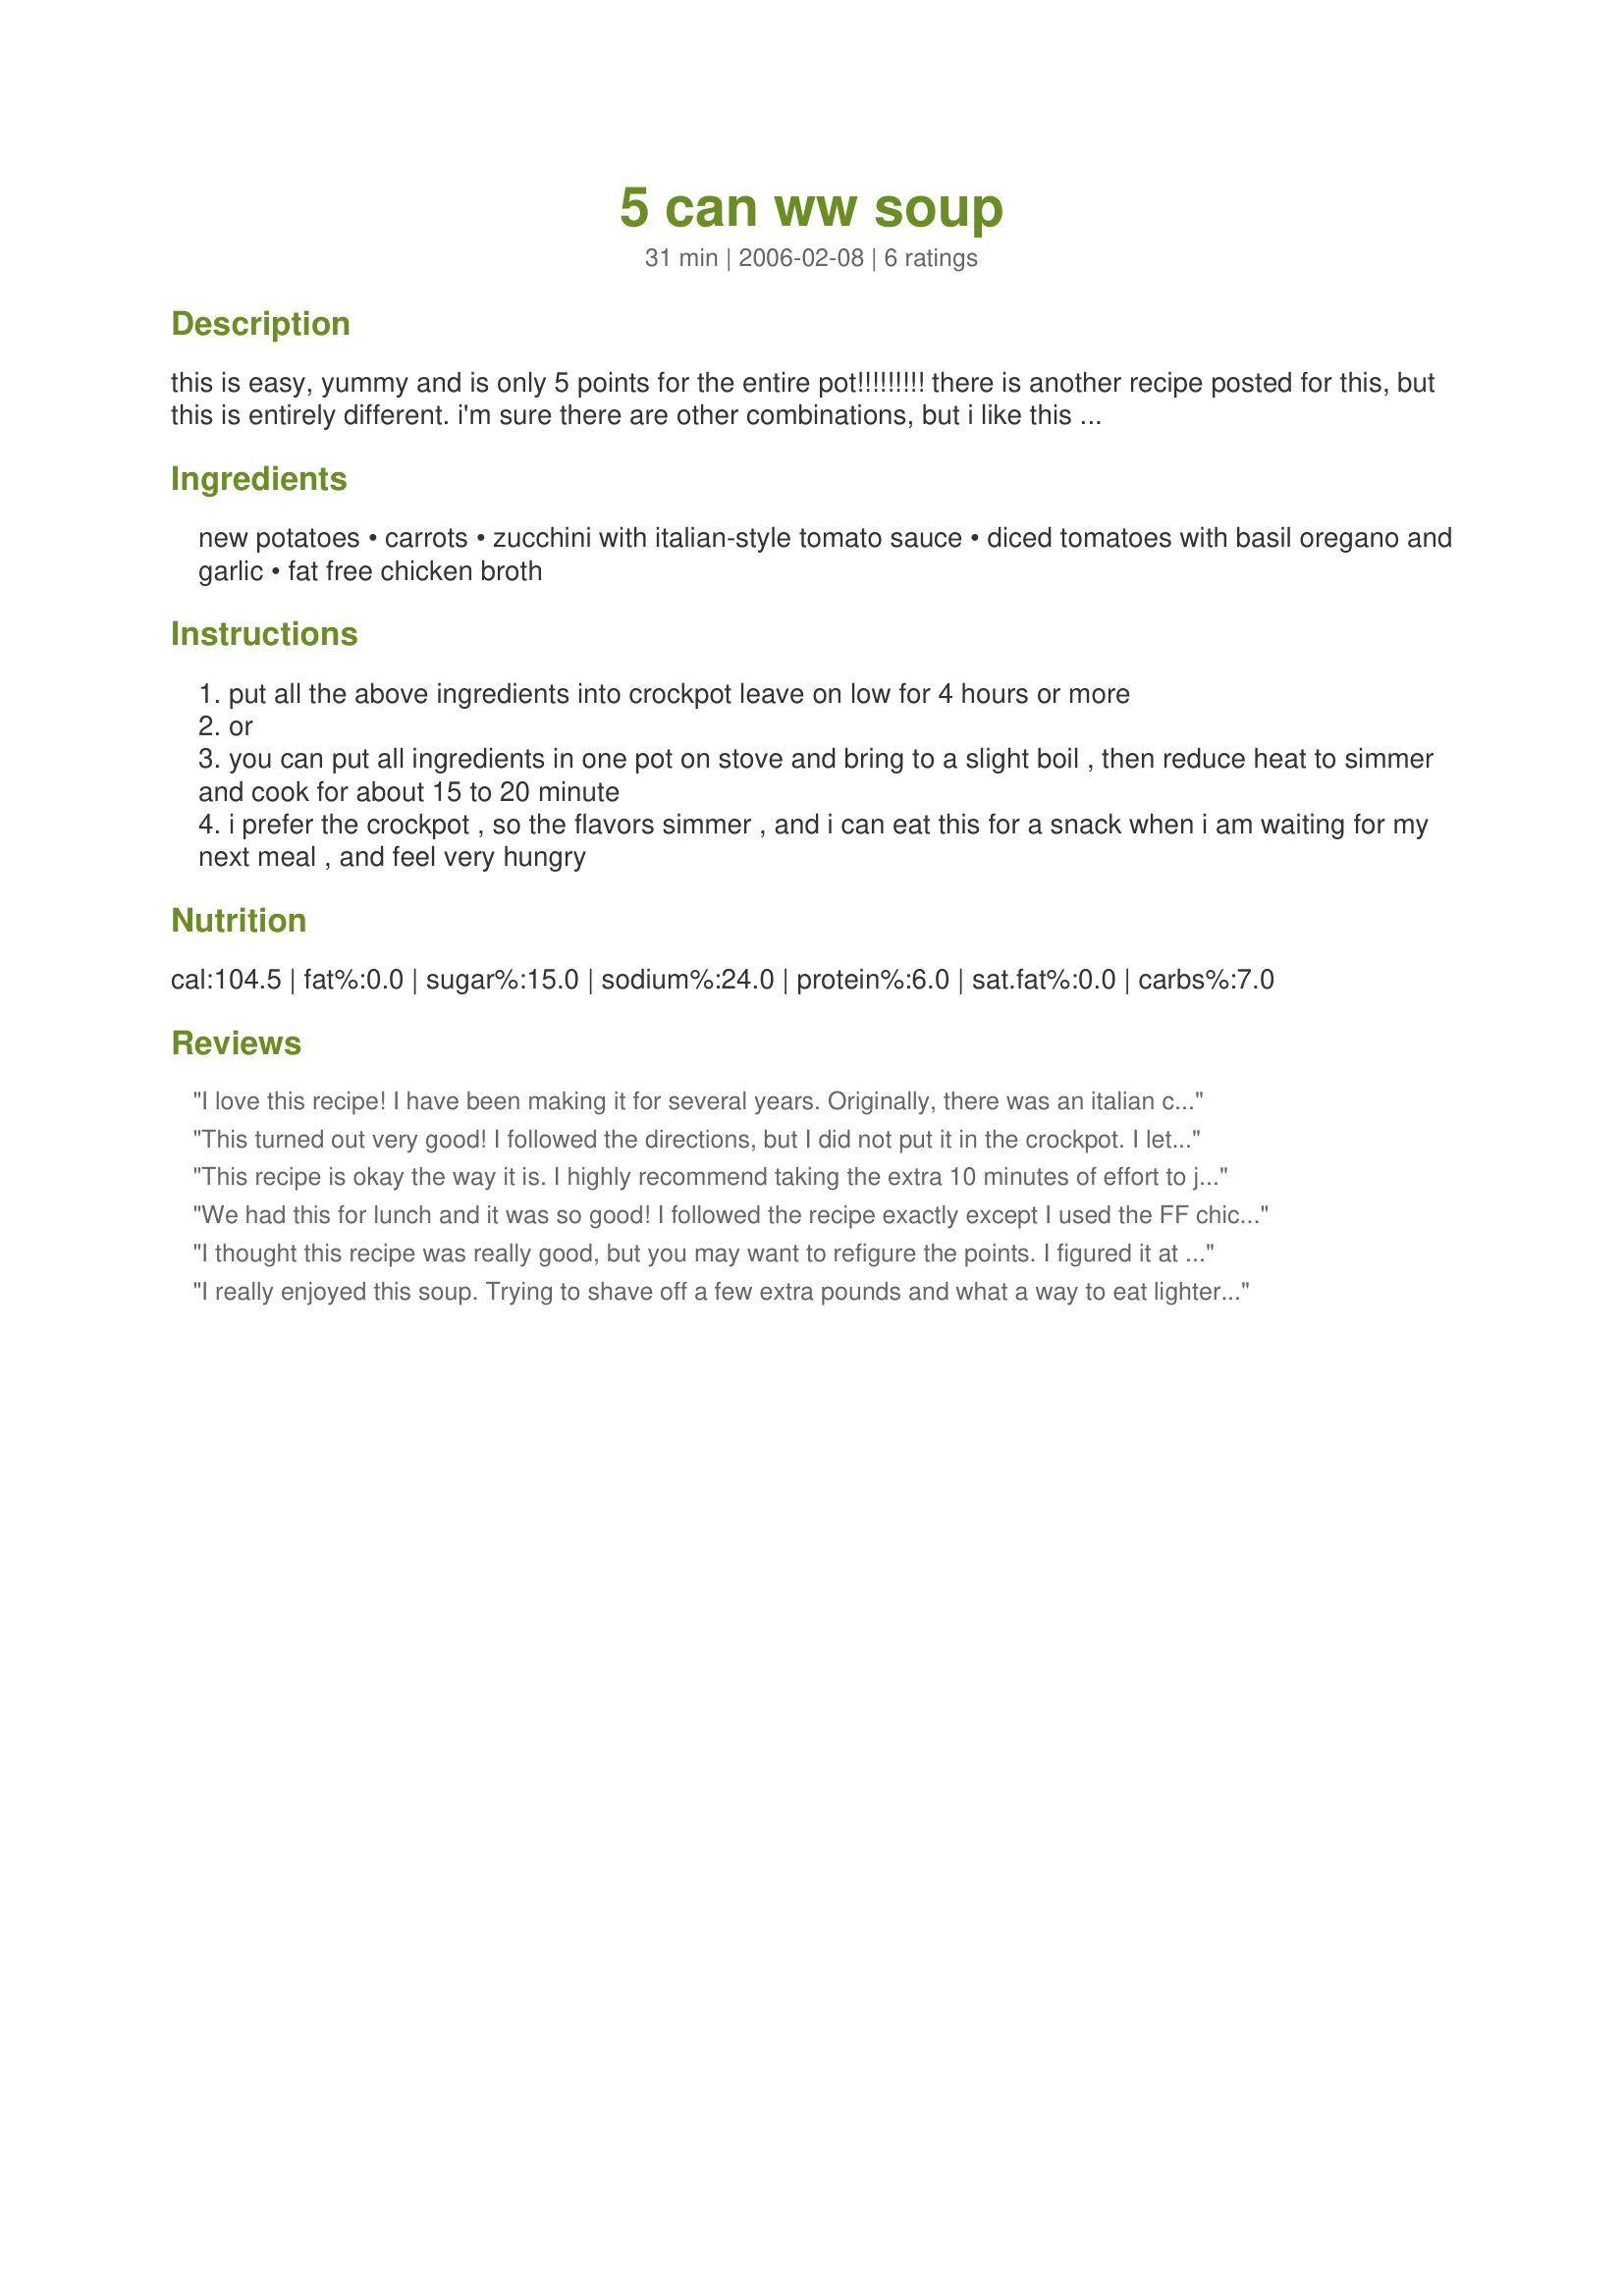
5 can ww soup
Preparation time: 31 minutes

this is easy, yummy and is only 5 points for the entire pot!!!!!!!!! there is another recipe posted for this, but this is entirely different. i'm sure there are other combinations, but i like this because you know me quantity. not sure on the servings because i don't count them. del monte fresh cut is what i use. this also can be made in crock pot.

Ingredients:
new potatoes, carrots, zucchini with italian-style tomato sauce, diced tomatoes with basil oregano and garlic, fat free chicken broth

Steps:
put all the above ingredients into crockpot leave on low for 4 hours or more
or
you can put all ingredients in one pot on stove and bring to a slight boil , then reduce heat to simmer and cook for about 15 to 20 minute
i prefer the crockpot , so the flavors simmer , and i can eat this for a snack when i am waiting for my next meal , and feel very hungry

Reviews:
I love this recipe! I have been making it for several years. Originally, there was an italian chicken broth that went in, but they don't make it anymore. Is really good with the flavored broths also.
This turned out very good! I followed the directions, but I did not put it in the crockpot. I let it simmer on the stove for about 35 minutes. I did have to add garlic,basil,oregano,salt, and black pepper. This was very simple and very healthy so I will be making this often! Thanks!
This recipe is okay the way it is. I highly recommend taking the extra 10 minutes of effort to jazz it up. I sauted onion and garlic in EVOO, added FRESH sliced carrots and diced potatoes, added the last three cans and seasoned again with other herbs & red pepper flakes.
We had this for lunch and it was so good! I followed the recipe exactly except I used the FF chicken broth with garlc added. DD didn't like the zucchini but I sure did. Very warm in your tummy on such a cold day plus it is very filling! Thanks for posting!!
I thought this recipe was really good, but you may want to refigure the points. I figured it at about 12 to 13 points for the entire pot. It is about 2 points per serving.
I really enjoyed this soup. Trying to shave off a few extra pounds and what a way to eat lighter! I did add a can of hominy and did not use the broth. This will definitely be in my Lunch rotation OFTEN...and dinner too! Thanks for a great recipe.
